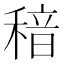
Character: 䅧